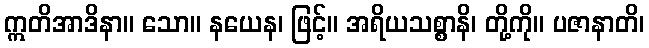
ဣတိအာဒိနာ။ သော။ နယေန၊ ဖြင့်။ အရိယသစ္စာနိ၊ တို့ကို။ ပဇာနာတိ၊